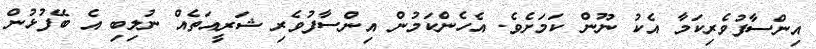
އިންސާފުވެރިކަމާ އެކު ނޫން ކަމަށެވެ. އެހެންކަމުން އިންސާފުވެރި ޝަރީއަތެއް ނުލިބި އެ ބޭފުޅުން